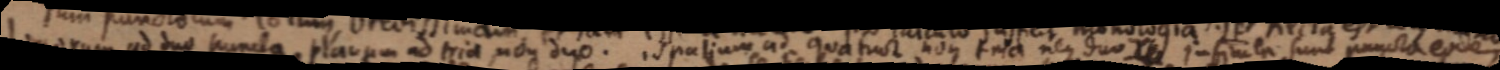
logorum ad duo puncta planum ad tria non duo. spalium ad quatuor non tria neque duo infinita sunt puncta eodem